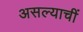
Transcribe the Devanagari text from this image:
असल्याचीं